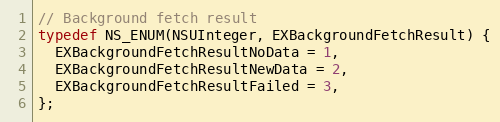
Language: C
// Background fetch result
typedef NS_ENUM(NSUInteger, EXBackgroundFetchResult) {
  EXBackgroundFetchResultNoData = 1,
  EXBackgroundFetchResultNewData = 2,
  EXBackgroundFetchResultFailed = 3,
};